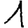
Digit: 1